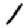
Digit: 1